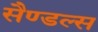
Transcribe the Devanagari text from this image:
सैण्डल्स